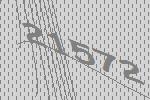
21572